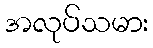
အလုပ်သမား